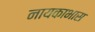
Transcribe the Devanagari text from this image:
नायकाभास